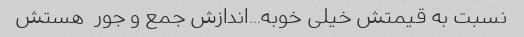
نسبت به قیمتش خیلی خوبه...اندازش جمع و جور  هستش